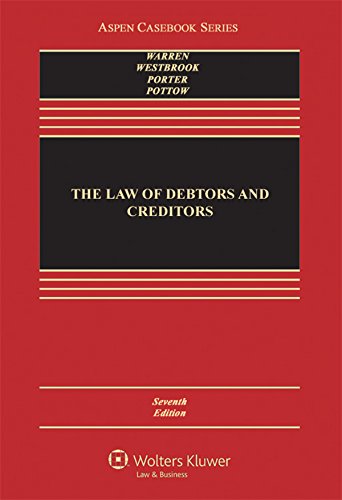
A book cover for The Law of Debtors and Creditors: Text, Cases, and Problems (Aspen Casebook); Elizabeth Warren; Law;